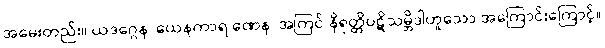
အမေးတည်း။ ယဒဂ္ဂေန၊ ယေနကာရ ဏေန၊ အကြင် နိရုတ္တိပဋိသမ္ဘိဒါဟူသော အကြောင်းကြောင့်။